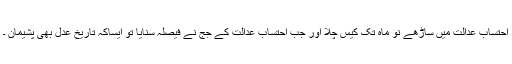
احتساب عدالت میں ساڑھے نو ماہ تک کیس چلا اور جب احتساب عدالت کے جج نے فیصلہ سنایا تو ایساکہ تاریخِ عدل بھی پشیمان ۔